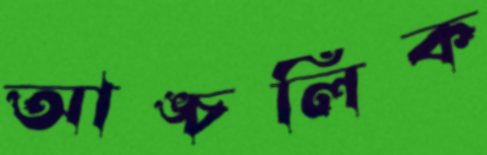
আঙ্চলিক